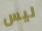
ليس